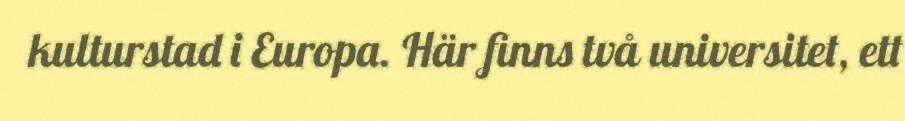
kulturstad i Europa. Här finns två universitet, ett